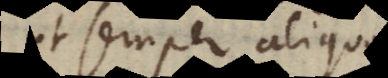
ut semper aliquod